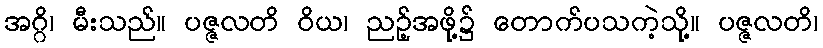
အဂ္ဂိ၊ မီးသည်။ ပဇ္ဇလတိ ဝိယ၊ ညဉ့်အဖို့၌ တောက်ပသကဲ့သို့။ ပဇ္ဇလတိ၊